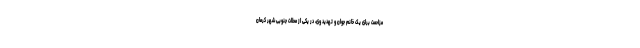
مزاحمت برای یک خانم جوان و تهدید وی، در یکی از محلات جنوبی شهر کرمان